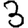
Digit: 3